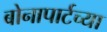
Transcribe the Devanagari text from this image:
बोनापार्टच्या